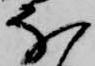
な